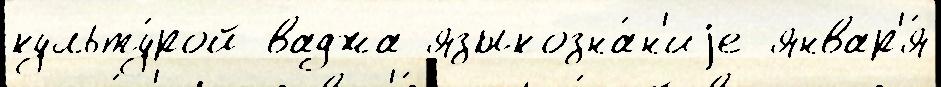
культу́рой ваджа языкозна́н'иjе январ'я́